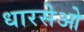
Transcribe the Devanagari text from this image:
धारसेओ